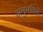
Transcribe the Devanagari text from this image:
अनुमतिसे